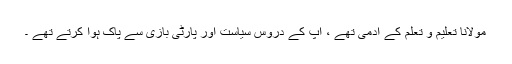
مولانا تعلیم و تعلم کے آدمی تھے ، آپ کے دروس سیاست اور پارٹی بازی سے پاک ہوا کرتے تھے ۔